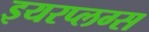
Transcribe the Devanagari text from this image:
इयरप्लग्स